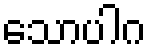
သောပါဂ